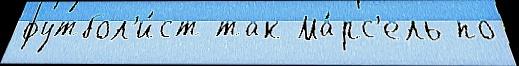
футбол'и́ст так Ма́рс'ель по